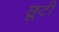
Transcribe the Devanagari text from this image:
छूटीं